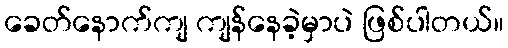
ခေတ်နောက်ကျ ကျန်နေခဲ့မှာပဲ ဖြစ်ပါတယ်။